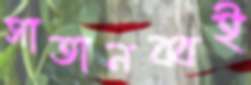
সাতানব্বই